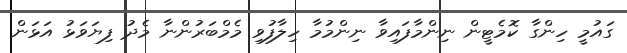
ގައުމީ ހިންގާ ކޮމެޓީން ނިންމާފައިވާ ނިންމުމާ ހިލާފުވި މެމްބަރުންނާ މެދު ފިޔަވަޅު އަޅަން